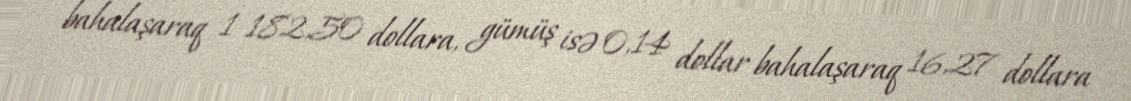
bahalaşaraq 1 182,50 dollara, gümüş isə 0,14 dollar bahalaşaraq 16,27 dollara